Senior Leaving Certificate Examination (including Day School Certificate (Higher) General paper), 1947
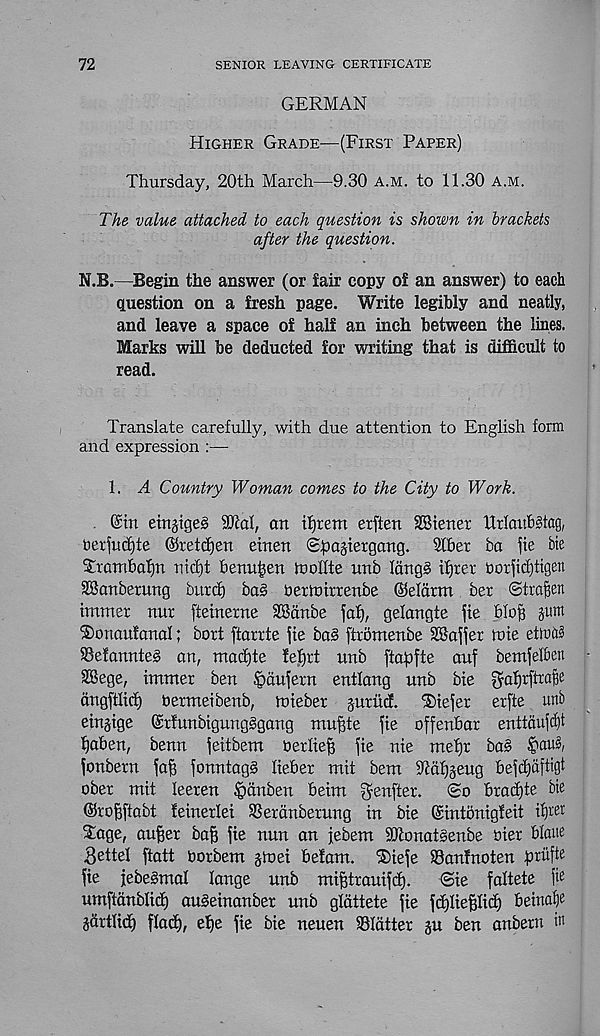
72
SENIOR LEAVING CERTIFICATE
GERMAN
Higher Grade-—(First Paper)
Thursday, 20th March—9.30 a.m. to 11.30 a.m.
The value attached to each question is shown in brackets
after the question.
N.B.—Begin the answer (or fair copy of an answer) to each
question on a fresh page. Write legibly and neatly,
and leave a space of half an inch between the lines.
Marks will be deducted for writing that is difficult to
read.
Translate carefully, with due attention to English form
and expression :—
1. A Country Woman comes to the City to Work.
@in eingigeg 9M, an intern erften 3®tenet UrlaubStag,
berfucfjte ©retcfjen einen gpogiergang. Sfbet ba jte bte
XtamBaljn ntdjt benu^en moflte unb Idng§ tf)ret t)otfid)tigett
SSanberung butd) bag tiertnirrenbe Oeldrm bet Strain
tmmet nut fteinetne SBdnbe faf), gelangte jie blofj gttm
®ona utaiia!; bott ftarrte fie bag ftrontenbe SBa^er toie etiua?
SSefannteg an, macf)te fef)tt unb ftapfte auf bentfelben
SBege, immer ben §dufetn entlang unb bte ^af)tftra^e
dngftlicf) betmetbenb, fotebet jutttcf. liefer etfte unb
eingtge ©tfunbigungggang mu^te fie offenbar enttdufdlt
fjaben, benn jeitbem tietlie^ fie nie ntefjt bag $au3,
fonbetn faff fonntagg liebet mit bent Htdfjjeug befd)dftigt
obet mit leeten §dnben beim ^enftet.
So btadjte bie
Olrofiftabt leinerlei SSerdnbetung in bie (Sintonigfeit if)tet
2:age, au^et baB fie nun an jebem SDtonatgenbe bier blatte
Set tel ftatt botbetn §toei befatn. ®iefe 33an!noten fjrufte
fie jebegmal lange unb miBtrauifd).
<2ie faltete
umftdnblicf) augeinanbet unb gldttete fie ftfjlieBlic^ beina^
gdttlid) flacf), ef)e fie bie neuen flatter gu ben anbern in